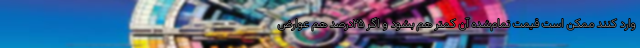
وارد کنند ممکن است قیمت تمام‌شده آن کمتر هم بشود و اگر ۲۵درصد هم عوارض